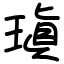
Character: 瑱